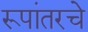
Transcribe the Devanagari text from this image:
रूपांतरचे